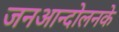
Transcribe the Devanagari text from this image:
जनआन्दोलनके